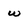
Character: w